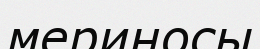
мериносы